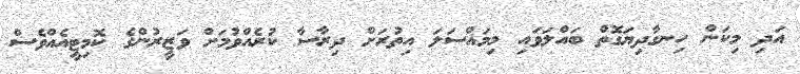
އަދި މިކަން ހިނގާދިޔަގޮތް ބައްލަވައި މިމައްސަލަ އިތުރަށް ދިރާސާ ކުރެއްވުމަށް ވަޒީރުންގެ ކޮމިޓީއެއްވެސް